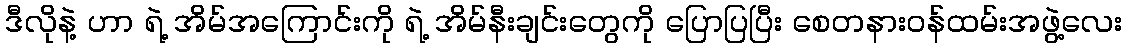
ဒီလိုနဲ့ ဟာ ရဲ့ အိမ်အကြောင်းကို ရဲ့ အိမ်နီးချင်းတွေကို ပြောပြပြီး စေတနားဝန်ထမ်းအဖွဲ့လေး